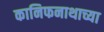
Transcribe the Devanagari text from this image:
कानिफनाथाच्या